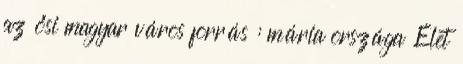
az ősi magyar város forrás : mária országa Élet